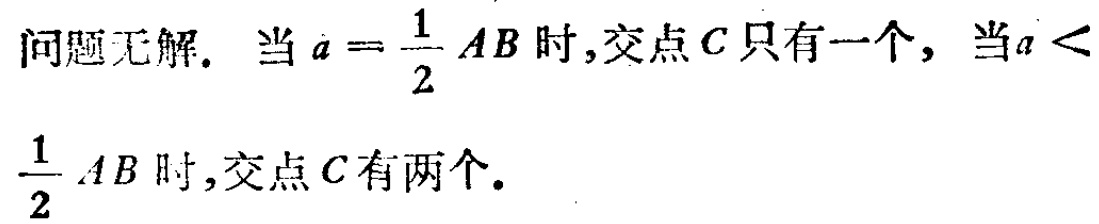
问题无解. 当 \(a = \frac{1}{2}AB\) 时,交点 \(C\) 只有一个, 当 \(a < \frac{1}{2}AB\) 时,交点 \(C\) 有两个.